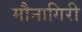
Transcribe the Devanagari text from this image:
मौनागिरी